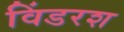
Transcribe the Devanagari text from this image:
विंडरश